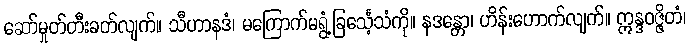
ဆော်မှုတ်တီးခတ်လျက်။ သီဟာနဒံ၊ မကြောက်မရွံ့ခြင်္သေ့သံကို။ နဒန္တော၊ ဟိန်းဟောက်လျက်။ ဣန္ဒဝဇ္ဇိတံ၊